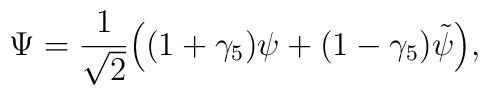
\Psi = \frac{1}{\sqrt{2}}\Big((1+\gamma_5)\psi+(1-\gamma_5)\tilde\psi\Big),